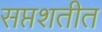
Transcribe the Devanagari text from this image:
सप्तशतीत